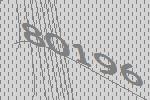
80196